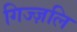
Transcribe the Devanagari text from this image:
गिज्ज़लि